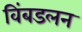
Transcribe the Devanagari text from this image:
विंबडलन